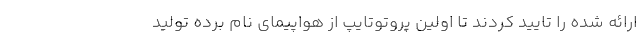
ارائه شده را تایید کردند تا اولین پروتوتایپ از هواپیمای نام برده تولید